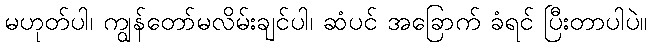
မဟုတ်ပါ၊ ကျွန်တော်မလိမ်းချင်ပါ၊ ဆံပင် အခြောက် ခံရင် ပြီးတာပါပဲ။